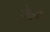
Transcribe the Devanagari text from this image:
व्हेज